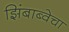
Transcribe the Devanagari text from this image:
झिंबाब्वेचा